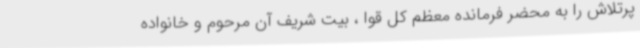
پرتلاش را به محضر فرمانده معظم کل قوا ، بیت شریف آن مرحوم و خانواده